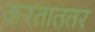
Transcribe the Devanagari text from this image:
करताततर